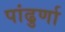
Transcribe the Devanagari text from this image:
पांढुर्णा